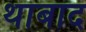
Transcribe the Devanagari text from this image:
थाबाद